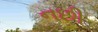
નછી